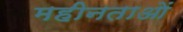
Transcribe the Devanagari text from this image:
महीनताओं